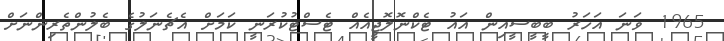
1965 ވަނަ އަހަރު ބީބީސީއިން އައު ޓެކްނޮލޮޖީއެއް ޓެސްޓުކުރަނީ ކަމަށް އެޗެނަލުގެ ބެލުންތެރިންނަށް